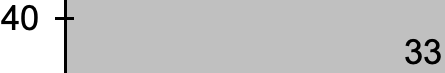
40 33